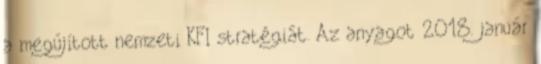
a megújított nemzeti KFI stratégiát. Az anyagot 2018. január